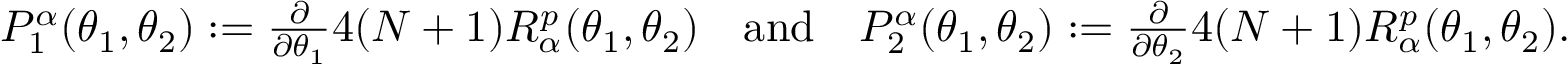
\begin{array} { r } { P _ { 1 } ^ { \alpha } ( \theta _ { 1 } , \theta _ { 2 } ) : = \frac { \partial } { \partial \theta _ { 1 } } 4 ( N + 1 ) R _ { \alpha } ^ { p } ( \theta _ { 1 } , \theta _ { 2 } ) \quad \mathrm { a n d } \quad P _ { 2 } ^ { \alpha } ( \theta _ { 1 } , \theta _ { 2 } ) : = \frac { \partial } { \partial \theta _ { 2 } } 4 ( N + 1 ) R _ { \alpha } ^ { p } ( \theta _ { 1 } , \theta _ { 2 } ) . } \end{array}